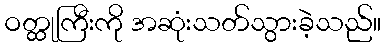
ဝတ္ထုကြီးကို အဆုံးသတ်သွားခဲ့သည်။